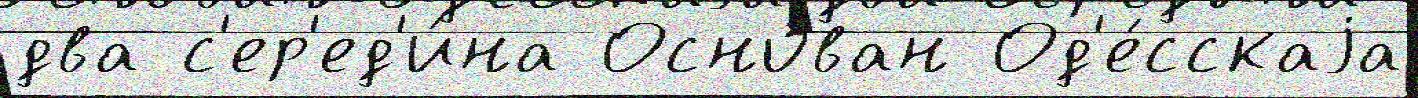
два с'ер'ед'и́на Осно́ван Од'е́сскаjа